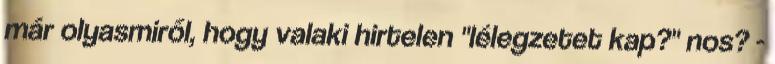
már olyasmiről, hogy valaki hirtelen "lélegzetet kap?" nos? -